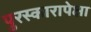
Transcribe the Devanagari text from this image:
पुरस्कारापेक्षा